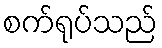
စက်ရုပ်သည်